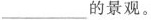
\underline的景观。